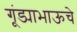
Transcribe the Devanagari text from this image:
गूंड्याभाऊचे